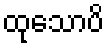
ထုသောပိ